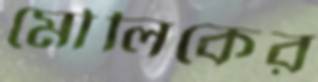
মৌলিকের